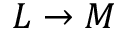
L \rightarrow M